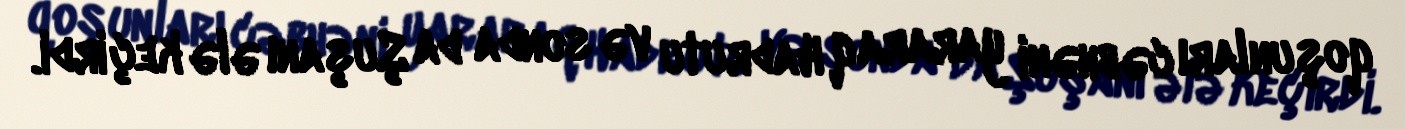
qoşunları cəbhəni yararaq Hadrutu və sonda da Şuşanı ələ keçirdi.